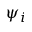
\psi _ { i }